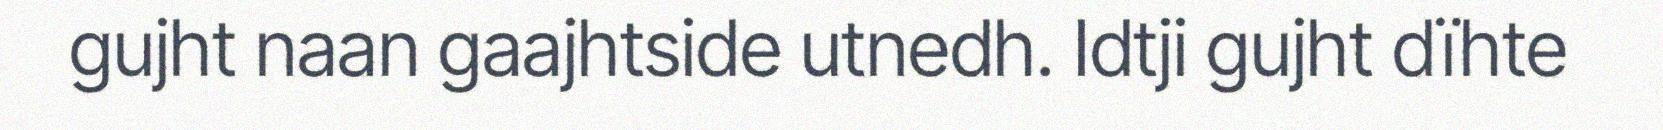
gujht naan gaajhtside utnedh. Idtji gujht dïhte